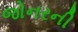
જોનરની